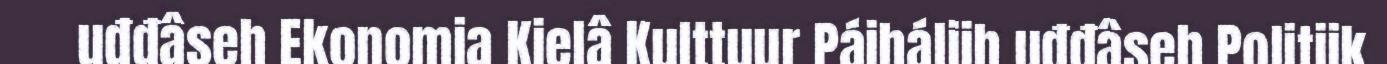
uđđâseh Ekonomia Kielâ Kulttuur Páiháliih uđđâseh Politiik